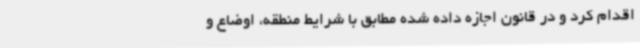
اقدام کرد و در قانون اجازه داده شده مطابق با شرایط منطقه، اوضاع و